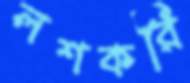
লশকরি